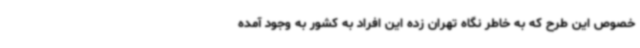
خصوص این طرح که به خاطر نگاه تهران زده این افراد به کشور به وجود آمده